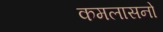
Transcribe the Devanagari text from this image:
कमलासनो